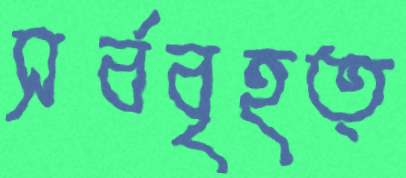
সর্ববৃহত্